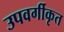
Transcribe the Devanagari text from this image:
उपवर्गीकृत